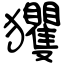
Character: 玃